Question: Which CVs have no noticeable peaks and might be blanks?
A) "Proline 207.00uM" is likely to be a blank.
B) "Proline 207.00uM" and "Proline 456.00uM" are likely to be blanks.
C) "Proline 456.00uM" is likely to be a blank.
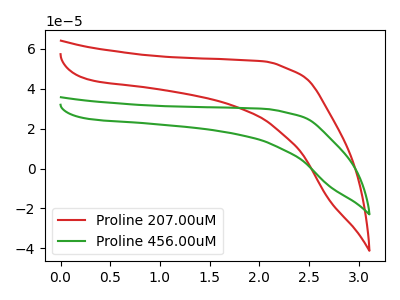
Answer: <think>The red curve "Proline 207.00uM" has no peaks. The green curve "Proline 456.00uM" has no peaks.</think>
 <answer>B) "Proline 207.00uM" and "Proline 456.00uM" are likely to be blanks.</answer>
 <eval>B</eval>